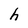
Character: h